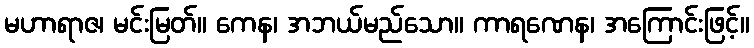
မဟာရာဇ၊ မင်းမြတ်။ ကေန၊ အဘယ်မည်သော။ ကာရဏေန၊ အကြောင်းဖြင့်။